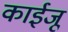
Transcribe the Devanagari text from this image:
काईजू